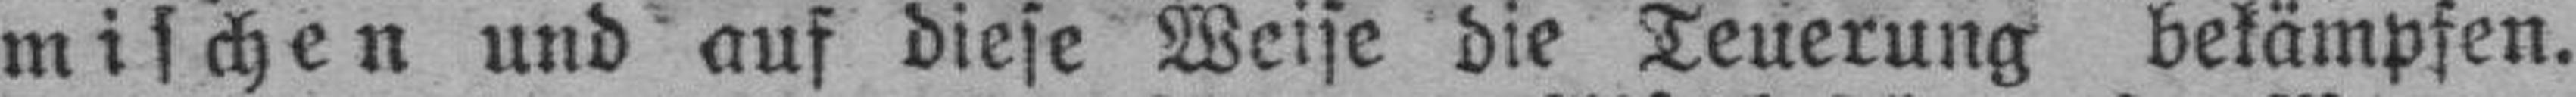
mischen und auf diese Weise die Teuerung bekämpfen.